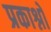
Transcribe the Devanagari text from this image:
प्रकाश्नों